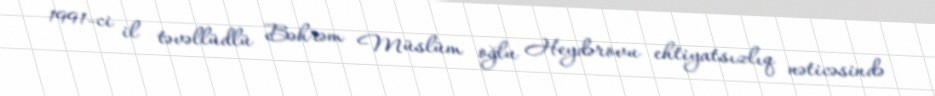
1991-ci il təvəllüdlü Bəhrəm Müslüm oğlu Heydərovu ehtiyatsızlıq nəticəsində